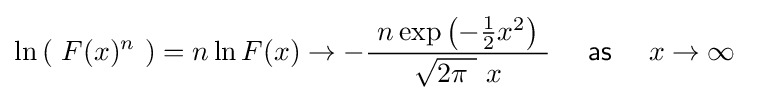
\ln \left(\ F(x)^{n}\ \right)=n\ln F(x)\rightarrow -{\frac {\ n\exp \left(-{\tfrac {1}{2}}x^{2}\right)\ }{{\sqrt {2\pi \ }}\ x}}\quad {\mathsf {~as~}}\quad x\rightarrow \infty ~